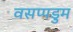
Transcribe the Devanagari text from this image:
वसप्पडुम